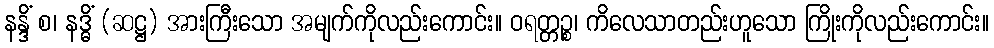
နန္ဒိံ စ၊ နဒ္ဓိံ (ဆဋ္ဌ) အားကြီးသော အမျက်ကိုလည်းကောင်း။ ဝရတ္တဉ္စ၊ ကိလေသာတည်းဟူသော ကြိုးကိုလည်းကောင်း။